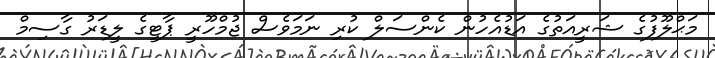
މަޙްލޫފުގެ ޝަރީއަތުގެ އަޑުއެހުން ކެންސަލް ކުރި ނަމަވެސް ޖުމްހޫރީ ޕާޓީގެ ލީޑަރު ގާސިމް